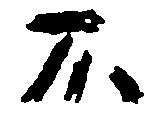
不